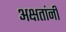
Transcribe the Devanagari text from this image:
अक्षतांनी